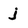
Character: j